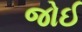
જોઈ